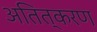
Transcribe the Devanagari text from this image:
अतित्करण